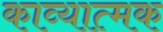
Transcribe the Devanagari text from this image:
काव्‍यात्‍मक